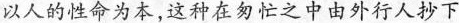
以人的性命为本，这种在匆忙之中由外行人抄下